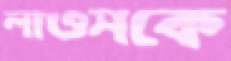
লাওসকে